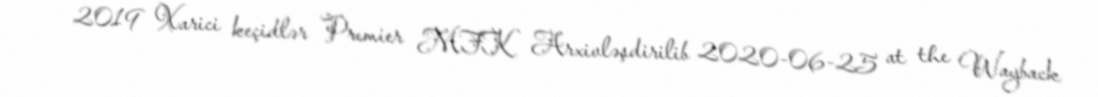
- 2019 Xarici keçidlər Premier MFK Arxivləşdirilib 2020-06-25 at the Wayback